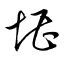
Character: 堪